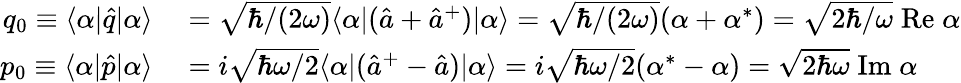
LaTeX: \begin{array}{rl}{q_{0}\equiv\langle\alpha|\hat{q}|\alpha\rangle}&{{}=\sqrt{\hbar/(2\omega)}\langle\alpha|(\hat{a}+\hat{a}^{+})|\alpha\rangle=\sqrt{\hbar/(2\omega)}(\alpha+\alpha^{*})=\sqrt{2\hbar/\omega}\mathrm{\; Re}\; \alpha}\\ {p_{0}\equiv\langle\alpha|\hat{p}|\alpha\rangle}&{{}=i\sqrt{\hbar\omega/2}\langle\alpha|(\hat{a}^{+}-\hat{a})|\alpha\rangle=i\sqrt{\hbar\omega/2}(\alpha^{*}-\alpha)=\sqrt{2\hbar\omega}\mathrm{\; Im}\; \alpha}\end{array}